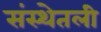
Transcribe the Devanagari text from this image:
संस्थेतली